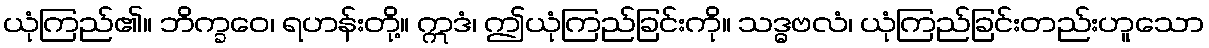
ယုံကြည်၏။ ဘိက္ခဝေ၊ ရဟန်းတို့။ ဣဒံ၊ ဤယုံကြည်ခြင်းကို။ သဒ္ဓဗလံ၊ ယုံကြည်ခြင်းတည်းဟူသော